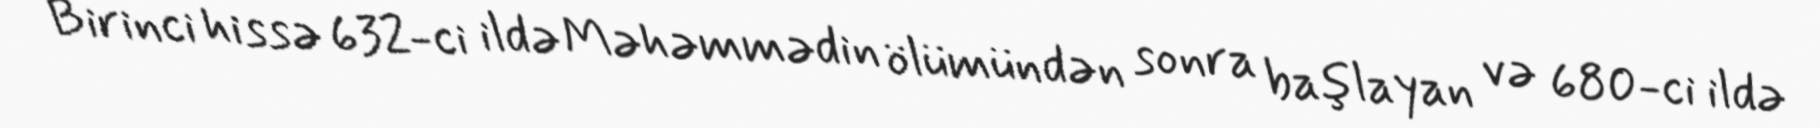
Birinci hissə 632-ci ildə Məhəmmədin ölümündən sonra başlayan və 680-ci ildə